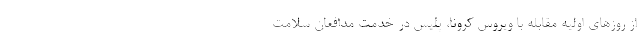
از روزهای اولیه مقابله با ویروس کرونا، پلیس در خدمت مدافعان سلامت